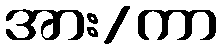
အား/ကာ